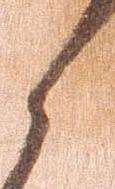
候